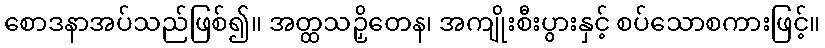
စောဒနာအပ်သည်ဖြစ်၍။ အတ္ထသဉှိတေန၊ အကျိုးစီးပွားနှင့် စပ်သောစကားဖြင့်။